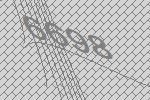
6698